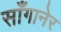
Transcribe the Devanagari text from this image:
साँगानेर